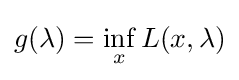
g(\lambda )=\inf _{x}L(x,\lambda )